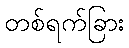
တစ်ရက်ခြား